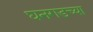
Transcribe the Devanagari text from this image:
घनगडच्या